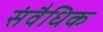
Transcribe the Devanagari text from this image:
संवैधिक